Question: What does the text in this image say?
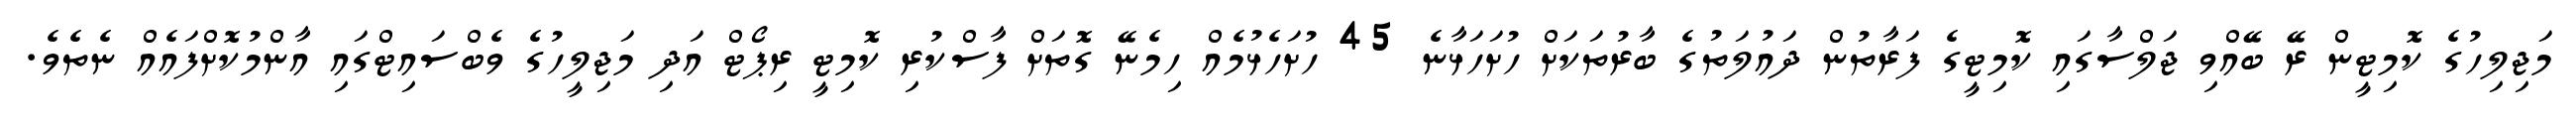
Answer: މަޖިލިހުގެ ކޮމިޓީން ރޭ ބޭއްވި ޖަލްސާގައި ކޮމިޓީގެ ފަރާތުން ދައުލަތުގެ ބާރުތަކަށް ހުށަހަޅާނެ 45 ހުށަހެޅުމެއް ހިމެނޭ ގޮތަށް ފާސްކުރި ކޮމިޓީ ރިޕޯޓް އަދި މަޖިލީހުގެ ވެބްސައިޓްގައި އާންމުކޮށްފައެއް ނެތެވެ.